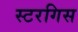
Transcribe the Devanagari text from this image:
स्टरगिस